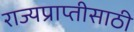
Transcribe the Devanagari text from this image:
राज्यप्राप्तीसाठी